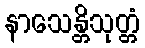
နာသေန္တိသုတ္တံ